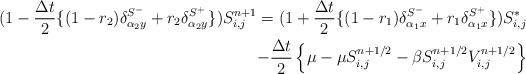
LaTeX: \begin{align*} (1-\dfrac{\Delta t}{2}\{ (1-r_2)\delta_{\alpha_2 y}^{S^-} +r_2\delta_{\alpha_2 y}^{S^+}\}) S_{i,j}^{n+1}=(1+\dfrac{\Delta t}{2}\{ (1-r_1)\delta_{\alpha_1 x}^{S^-} +r_1\delta_{\alpha_1 x}^{S^+}\}) S_{i,j}^{*}\\-\dfrac{\Delta t}{2}\left \{\mu-\mu S_{i,j}^{n+1/2}-\beta S_{i,j}^{n+1/2} V_{i,j}^{n+1/2} \right\} \end{align*}